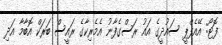
ފޮޓޯ: އޭއެފްޕީ ސައުދީގެ އައު ރަސްގެފާނު އެމެރިކާގެ ރައީސް ބަރަކް އޮބާމާ އަދި